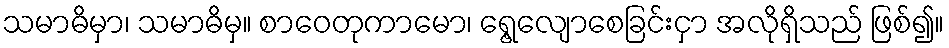
သမာဓိမှာ၊ သမာဓိမှ။ စာဝေတုကာမော၊ ရွေ့လျောစေခြင်းငှာ အလိုရှိသည် ဖြစ်၍။